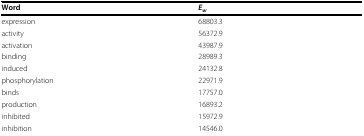
<table><thead><tr><td><b>Word</b></td><td><b><i>E<sub>w</sub></i></b></td></tr></thead><tbody><tr><td>expression</td><td>68803.3</td></tr><tr><td>activity</td><td>56372.9</td></tr><tr><td>activation</td><td>43987.9</td></tr><tr><td>binding</td><td>28989.3</td></tr><tr><td>induced</td><td>24132.8</td></tr><tr><td>phosphorylation</td><td>22971.9</td></tr><tr><td>binds</td><td>17757.0</td></tr><tr><td>production</td><td>16893.2</td></tr><tr><td>inhibited</td><td>15972.9</td></tr><tr><td>inhibition</td><td>14546.0</td></tr></tbody></table>